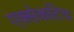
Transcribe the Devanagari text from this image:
एक्सेकटिव